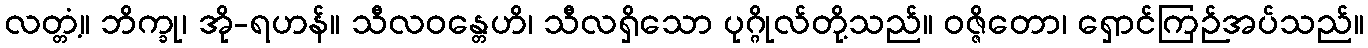
လတ္တံ့။ ဘိက္ခု၊ အို-ရဟန်။ သီလဝန္တေဟိ၊ သီလရှိသော ပုဂ္ဂိုလ်တို့သည်။ ဝဇ္ဇိတော၊ ရှောင်ကြဉ်အပ်သည်။